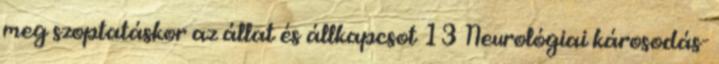
meg szoptatáskor az állat és állkapcsot 13 Neurológiai károsodás-